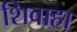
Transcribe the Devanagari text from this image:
शिवाहा